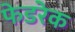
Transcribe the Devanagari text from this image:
फेडरेक